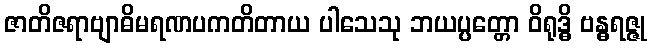
ဇာတိဇရာဗျာဓိမရဏပကတိတာယ ပါသေသု ဘယပ္ပတ္တော ဝိရုဒ္ဓိ ဗန္ဓရဇ္ဇု